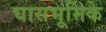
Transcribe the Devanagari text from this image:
घासभूमिके